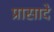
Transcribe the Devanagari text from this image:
प्रासादे